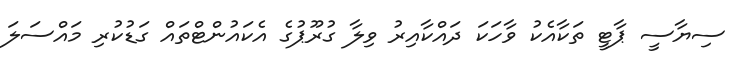
ސިޔާސީ ޕާޓީ ތަކާއެކު ވާހަކަ ދައްކާއިރު ވިލާ ގުރޫޕުގެ އެކައުންޓްތައް ގަޑުކުރި މައްސަލަ